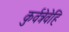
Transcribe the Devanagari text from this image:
कुर्वत्रेवेहि